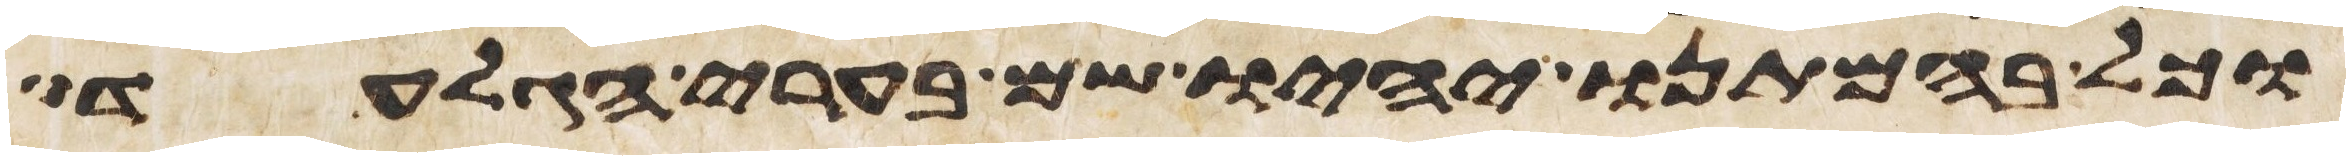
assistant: וכל בהמתנו יהיו שם בערי הגלעד